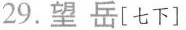
29.望岳[七下]